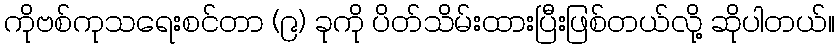
ကိုဗစ်ကုသရေးစင်တာ (၉) ခုကို ပိတ်သိမ်းထားပြီးဖြစ်တယ်လို့ ဆိုပါတယ်။